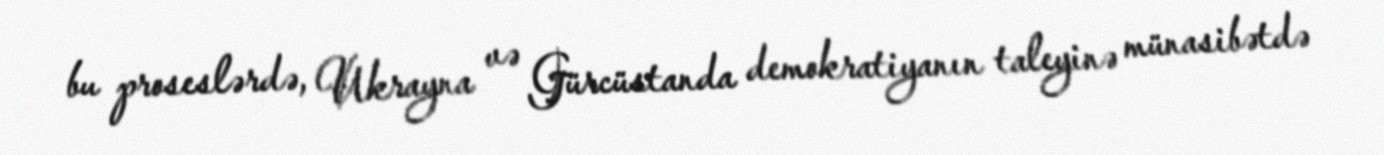
bu proseslərdə, Ukrayna və Gürcüstanda demokratiyanın taleyinə münasibətdə